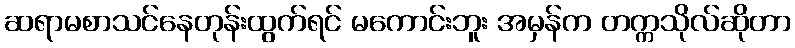
ဆရာမစာသင်နေတုန်းထွက်ရင် မကောင်းဘူး အမှန်က တက္ကသိုလ်ဆိုတာ